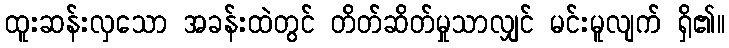
ထူးဆန်းလှသော အခန်းထဲတွင် တိတ်ဆိတ်မှုသာလျှင် မင်းမူလျက် ရှိ၏။